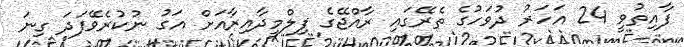
ފާއިތުވީ 24 އަހަރު ދުވަހުގެ ތެރޭގައި ރާއްޖޭގެ ފިލްމީދާއިރާއަށް އަގު ނުކުރެވޭފަދަ ގިނަ